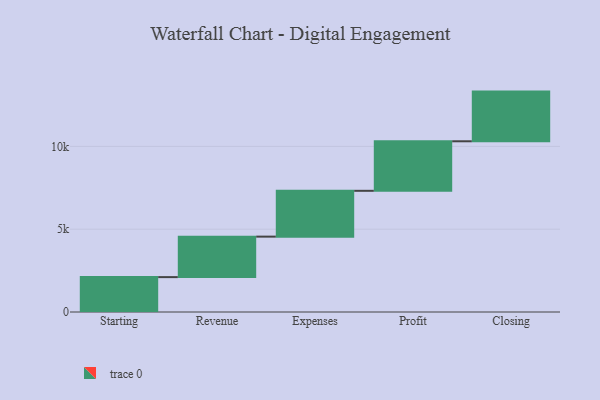
{"axis": {"x": "Step", "y": "Value"}, "legend": [""], "data": [{"x": "Starting", "y": 2106.0, "type": ""}, {"x": "Revenue", "y": 2445.0, "type": ""}, {"x": "Expenses", "y": 2767.0, "type": ""}, {"x": "Profit", "y": 2991.0, "type": ""}, {"x": "Closing", "y": 3000, "type": ""}]}